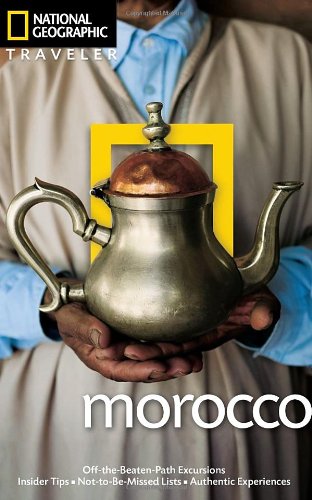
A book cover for National Geographic Traveler: Morocco; Carole French; Travel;